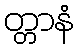
တ္တာနံ